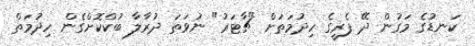
ކަނޑުގެ މަގުން ދޭ ފެރީގެ ހިދުމަތަށް "ޗާޓަރު" ނުވަތަ ދުރާލާ ބުކްކޮށްގެން ހިދުމަތް